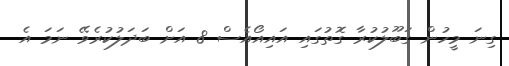
ގިނަ މީހުން ގަބޫލުކުރާ ގޮތުގައި އައިއޯއެސް 8 އަށް ބަދަލުކުރެވޭ ނަމަ އެ